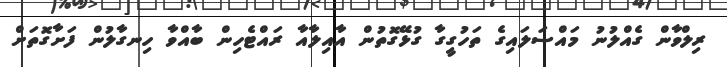
ރިލްވާން ގެއްލުނު މައްސަލައިގެ ތަހުގީގާ ގުޅޭގޮތުން އާއިލާއާ ރައްޓެހިން ބާއްވާ ހިނގާލުން ފަށާގޮތަށް